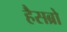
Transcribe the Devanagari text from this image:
हैसब्रो